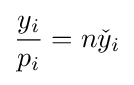
{\frac {y_{i}}{p_{i}}}=n{\check {y}}_{i}